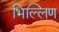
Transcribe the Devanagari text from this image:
भिल्लिण